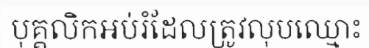
បុគ្គលិកអប់រំដែលត្រូវលុបឈ្មោះ